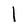
Character: l